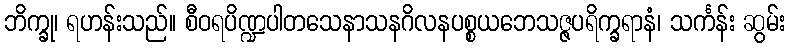
ဘိက္ခု၊ ရဟန်းသည်။ စီဝရပိဏ္ဍပါတသေနာသနဂိလနပစ္စယဘေသဇ္ဇပရိက္ခရာနံ၊ သင်္ကန်း ဆွမ်း